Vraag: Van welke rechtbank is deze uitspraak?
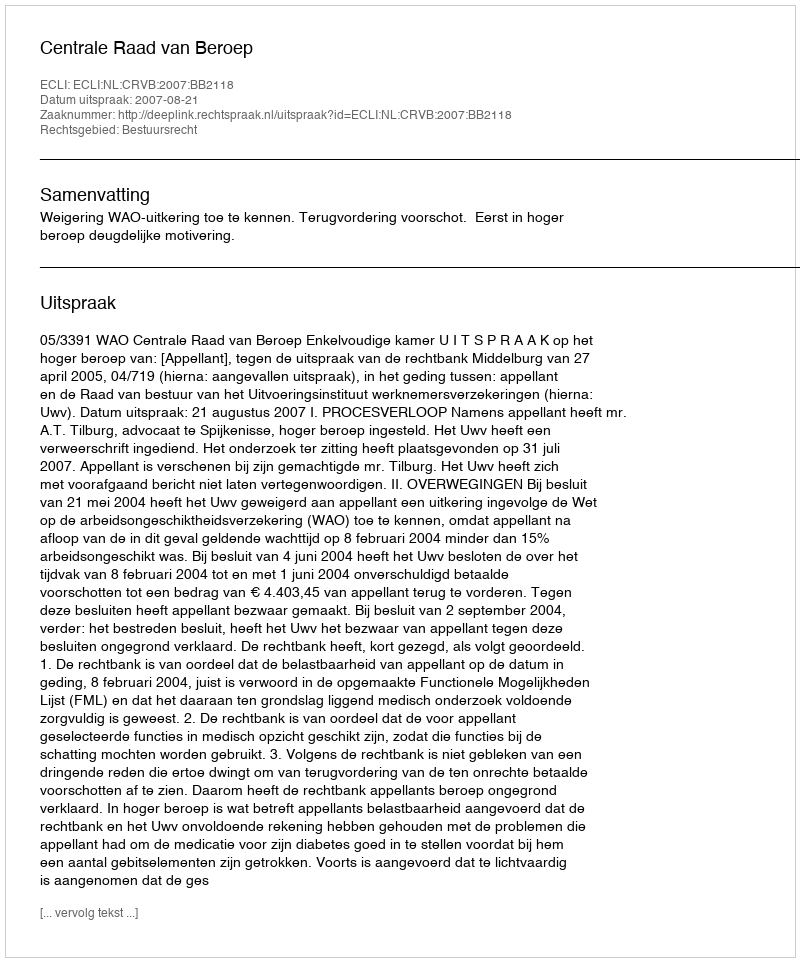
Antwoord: Centrale Raad van Beroep